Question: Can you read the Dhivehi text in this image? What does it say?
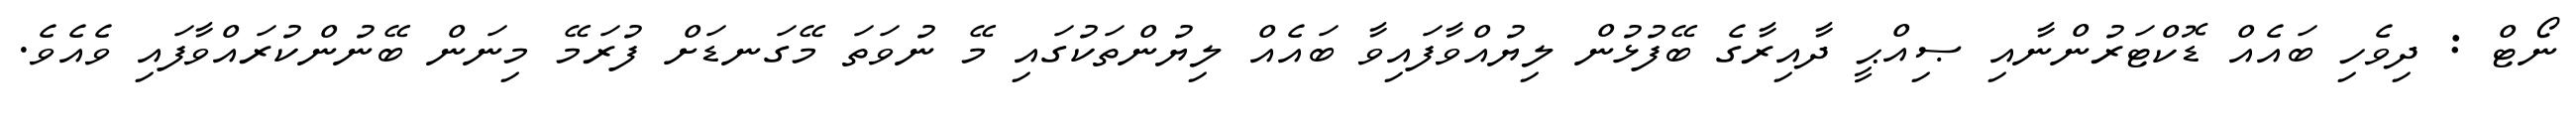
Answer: ނޯޓް : ދިވެހި ބައެއް ޑޮކްޓަރުންނާއި ޞިއްޙީ ދާއިރާގެ ބޭފުޅުން ލިޔުއްވާފައިވާ ބައެއް ލިޔުންތަކުގައި މޭ ނުވަތަ މޭގަނޑަށް ފުރަމޭ މިނަން ބޭނުންކުރައްވާފައި ވެއެވެ.